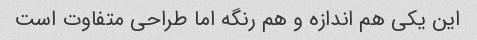
این یکی هم اندازه و هم رنگه اما طراحی متفاوت است